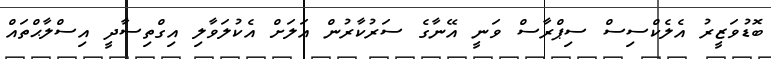
ބޮޑުވަޒީރު އެލެކްސިސް ސިޕްރާސް ވަނީ އޭނާގެ ސަރުކާރުން އަލަށް އެކުލަވާލި އިގްތިސާދީ އިސްލާޙްތައް